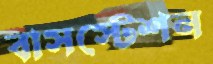
বাসস্টেশন